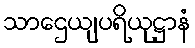
သာဌေယျပရိယုဋ္ဌာနံ